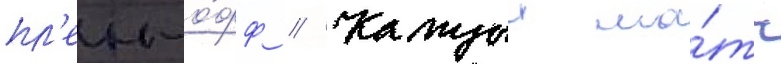
пл'еи-о́фф // Каждыи ма́тч